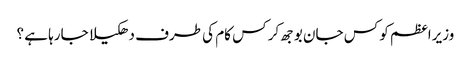
وزیراعظم کو کس جان بوجھ کر کس کام کی طرف دھکیلا جارہا ہے ؟